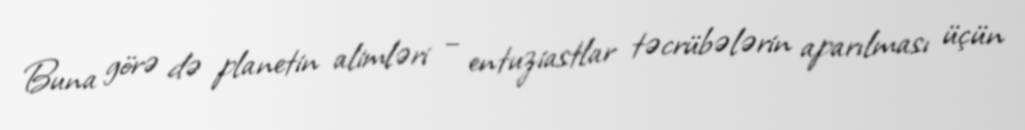
Buna görə də planetin alimləri – entuziastlar təcrübələrin aparılması üçün